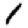
Digit: 1